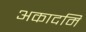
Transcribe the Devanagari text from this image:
अकादमि